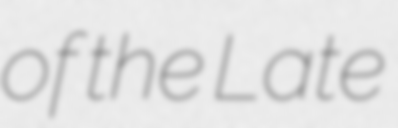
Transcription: of the Late